Scottish Leaving Certificate Examination, 1961
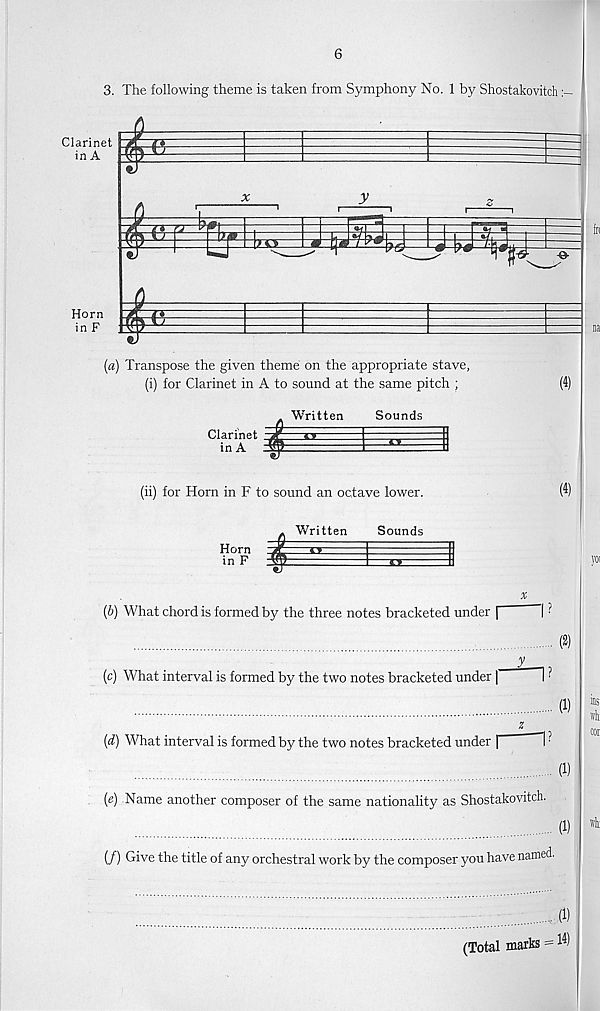
6
3. The following theme is taken from Symphony No. 1 by Shostakovitch
Clarinet
in A
Horn
in F Eal:
i
y
i
1
i
1
1>^-E
(a) Transpose the given theme on the appropriate stave,
(i) for Clarinet in A to sound at the same pitch ;
(4)
Clarinet
in A t
Written
Sounds
(ii) for Horn in F to sound an octave lower.
Written
Sounds
(4)
Horn
in F
(6) What chord is formed by the three notes bracketed under
(c) What interval is formed by the two notes bracketed under |
1 ■
(1)
[d) What interval is formed by the two notes bracketed under |
(1)
(e) Name another composer of the same nationality as Shostakovitch.
(1)
(/) Give the title of any orchestral work by the composer you have named.
;
(1)
(Total marks = l4)
ins
wit
cor